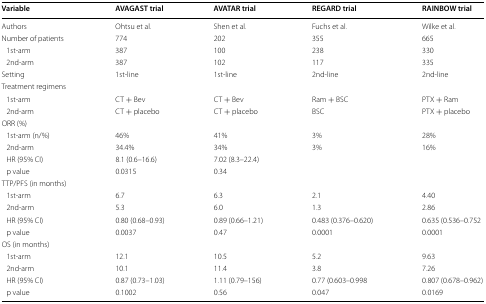
| Variable | AVAGAST trial | AVATAR trial | REGARD trial | RAINBOW trial |
 | --- | --- | --- | --- | --- |
 | Authors | Ohtsu et al. | Shen et al. | Fuchs et al. | Wilke et al. |
 | Number of patients | 774 | 202 | 355 | 665 |
 | 1st-arm | 387 | 100 | 238 | 330 |
 | 2nd-arm | 387 | 102 | 117 | 335 |
 | Setting | 1st-line | 1st-line | 2nd-line | 2nd-line |
 | <COLSPAN=5> Treatment regimens |
 | 1st-arm | CT + Bev | CT + Bev | Ram + BSC | PTX + Ram |
 | 2nd-arm | CT + placebo | CT + placebo | BSC | PTX + placebo |
 | <COLSPAN=5> ORR (%) |
 | 1st-arm (n/%) | 46% | 41% | 3% | 28% |
 | 2nd-arm | 34.4% | 34% | 3% | 16% |
 | HR (95% CI) | 8.1 (0.6–16.6) | 7.02 (8.3–22.4) |  |  |
 | p value | 0.0315 | 0.34 |  |  |
 | <COLSPAN=5> TTP/PFS (in months) |
 | 1st-arm | 6.7 | 6.3 | 2.1 | 4.40 |
 | 2nd-arm | 5.3 | 6.0 | 1.3 | 2.86 |
 | HR (95% CI) | 0.80 (0.68–0.93) | 0.89 (0.66–1.21) | 0.483 (0.376–0.620) | 0.635 (0.536–0.752 |
 | p value | 0.0037 | 0.47 | 0.0001 | 0.0001 |
 | <COLSPAN=5> OS (in months) |
 | 1st-arm | 12.1 | 10.5 | 5.2 | 9.63 |
 | 2nd-arm | 10.1 | 11.4 | 3.8 | 7.26 |
 | HR (95% CI) | 0.87 (0.73–1.03) | 1.11 (0.79–156) | 0.77 (0.603–0.998 | 0.807 (0.678–0.962) |
 | p value | 0.1002 | 0.56 | 0.047 | 0.0169 |